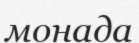
монада